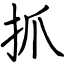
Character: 抓